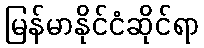
မြန်မာနိုင်ငံဆိုင်ရာ